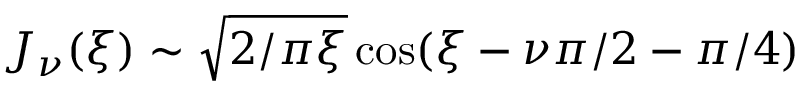
J _ { \nu } ( \xi ) \sim \sqrt { 2 / \pi \xi } \cos ( \xi - \nu \pi / 2 - \pi / 4 )